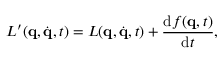
L ^ { \prime } ( \mathbf { q } , { \dot { \mathbf { q } } } , t ) = L ( \mathbf { q } , { \dot { \mathbf { q } } } , t ) + { \frac { \mathrm { d } f ( \mathbf { q } , t ) } { \mathrm { d } t } } ,